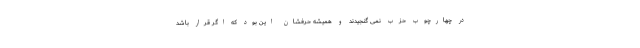
در چهارچوب حزب نمی گنجیدند و همیشه حرفشان این بود که اگر قرار باشد